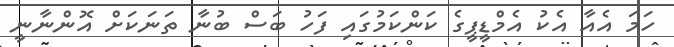
ހަމަ އެއާ އެކު އެމްޑީޕީގެ ކަންކަމުގައި ފަހު ބަސް ބުނާ ތަނަކަށް އޮންނާނީ